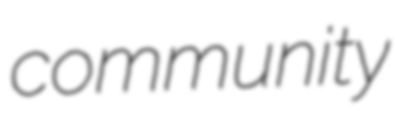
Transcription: community